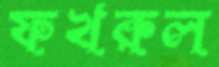
ফখরুল